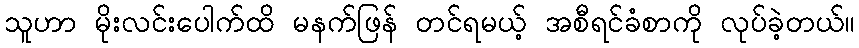
သူဟာ မိုးလင်းပေါက်ထိ မနက်ဖြန် တင်ရမယ့် အစီရင်ခံစာကို လုပ်ခဲ့တယ်။